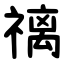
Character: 䄜